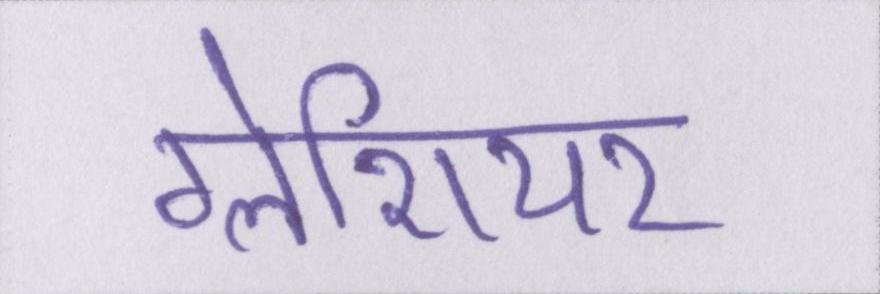
ग्लेशियर